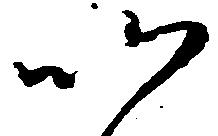
以